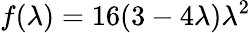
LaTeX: f(\lambda)=16(3-4\lambda)\lambda^{2}